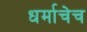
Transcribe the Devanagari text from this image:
धर्माचेच